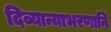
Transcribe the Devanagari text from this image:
दिव्यान्याभरणानि